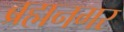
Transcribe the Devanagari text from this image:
ब्रह्मनगर